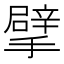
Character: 擘